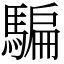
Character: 騙